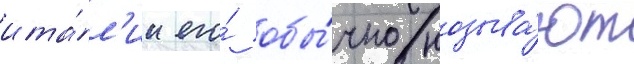
ита́л'ии его́ обы́чно называ́ют